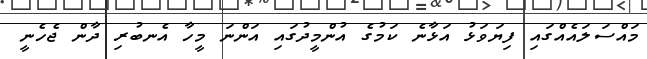
މައްސަލައެއްގައި ފިޔަވަޅު އަޅާނެ ކަމުގެ އުންމީދުގައި އަންނަ މީހާ އެނބުރި ދާން ޖެހެނީ